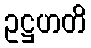
ဥဋ္ဌဟတိ